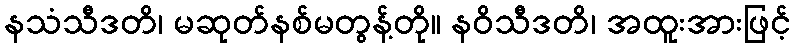
နသံသီဒတိ၊ မဆုတ်နစ်မတွန့်တို။ နဝိသီဒတိ၊ အထူးအားဖြင့်